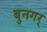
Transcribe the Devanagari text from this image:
बुनगर्